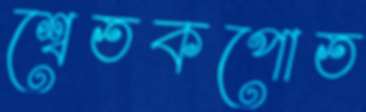
শ্বেতকপোত